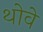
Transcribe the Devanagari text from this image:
थोवे